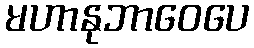
မဟာနုဘာဝေပေ